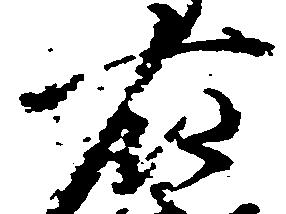
右